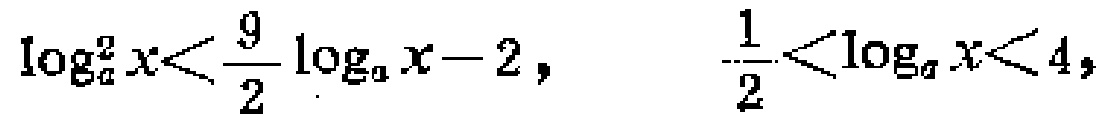
\(\log_{a}^{2}x<\frac{9}{2}\log_{a}x - 2,\quad \frac{1}{2}<\log_{a}x<4,\)